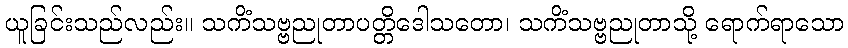
ယူခြင်းသည်လည်း။ သကိံသဗ္ဗညုတာပတ္တိဒေါသတော၊ သကိံသဗ္ဗညုတာသို့ ရောက်ရာသော